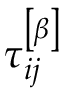
\tau _ { i j } ^ { \left[ \beta \right] }